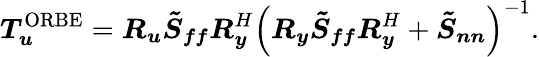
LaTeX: \boldsymbol{T}_{\boldsymbol{u}}^{\mathrm{ORBE}}=\boldsymbol{R_{u}}\boldsymbol{\tilde{S}_{ff}}\boldsymbol{R}_{\boldsymbol{y}}^{H}\left(\boldsymbol{R_{y}}\boldsymbol{\tilde{S}_{ff}}\boldsymbol{R}_{\boldsymbol{y}}^{H}+\boldsymbol{\tilde{S}_{nn}}\right)^{-1}.